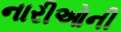
નારીઓની